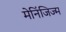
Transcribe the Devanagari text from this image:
मेनिंजिज्म